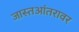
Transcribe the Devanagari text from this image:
जास्तआंतरावर